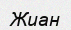
Жиан